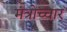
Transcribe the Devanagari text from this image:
मंत्रोच्‍चार